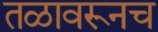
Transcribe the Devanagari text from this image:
तळावरूनच